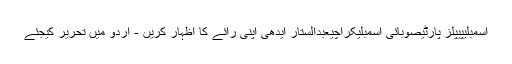
اسمبلیپیپلز پارٹیصوبائی اسمبلیکراچیعبدالستار ایدھی اپنی رائے کا اظہار کریں - اُردو میں تحریر کیجئے